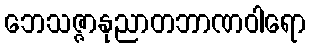
ဘေသဇ္ဇာနုညာတဘာဏဝါရော